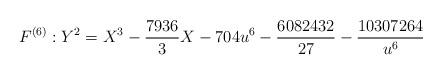
LaTeX: \begin{align*} F^{(6)} : Y^2= X^3 - \frac{7936}{3}X - 704 u^6 -\frac{6082432}{27} - \frac{10307264}{u^6}\end{align*}